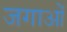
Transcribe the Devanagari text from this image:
जगाओं